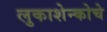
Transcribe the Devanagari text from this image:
लुकाशेन्कोचे